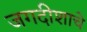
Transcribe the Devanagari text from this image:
जगदीशाचे